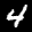
Label: 4